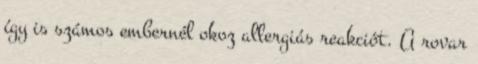
így is számos embernél okoz allergiás reakciót. A rovar